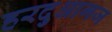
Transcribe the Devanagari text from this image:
हरदुआगज